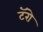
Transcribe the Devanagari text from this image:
टॅरो